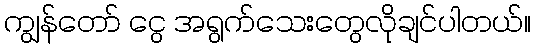
ကျွန်တော် ငွေ အရွက်သေးတွေလိုချင်ပါတယ်။